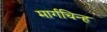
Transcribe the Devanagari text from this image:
मार्गचिन्ह